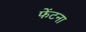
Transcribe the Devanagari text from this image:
फेंटना